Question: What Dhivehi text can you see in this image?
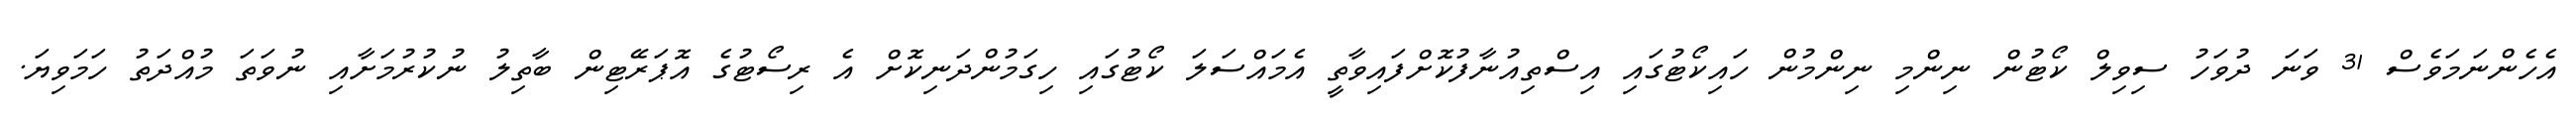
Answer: އެހެންނަމަވެސް 31 ވަނަ ދުވަހު ސިވިލް ކޯޓުން ނިންމި ނިންމުން ހައިކޯޓުގައި އިސްތިއުނާފުކޮށްފައިވާތީ އެމައްސަލަ ކޯޓުގައި ހިގަމުންދަނިކޮށް އެ ރިސޯޓުގެ އޮޕަރޭޓިން ބާތިލު ނުކުރުމަށާއި ނުވަތަ މުއްދަތު ހަމަވިޔަ.